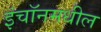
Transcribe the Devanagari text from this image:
इंचॉनमधील